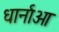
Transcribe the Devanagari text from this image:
धार्नाओ